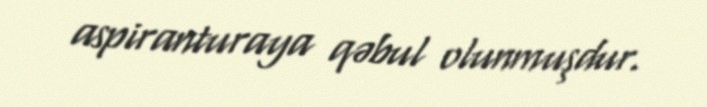
aspiranturaya qəbul olunmuşdur.